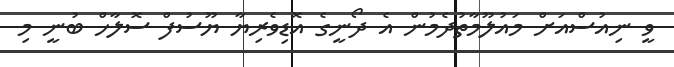
ވީ ނިއުސްއަށް މައުލޫމާތުދެމުން އެ ދޯނީގެ އޮޑިވެރިޔާ ޔޫސުފް ސޮލާހް ބުނީ މި